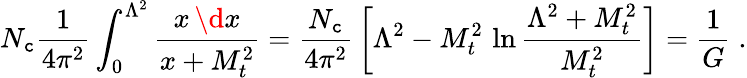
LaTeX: N_{\mathtt{c}}{\frac{{1}}{{4\pi^{2}}}}\int_{0}^{\Lambda^{2}}{\frac{{x\, \d{x}}}{{x+M_{t}^{2}}}}={\frac{{N_{\mathtt{c}}}}{{4\pi^{2}}}}\left[\Lambda^{2}-M_{t}^{2}\, \ln{\frac{{\Lambda^{2}+M_{t}^{2}}}{{M_{t}^{2}}}}\right]={\frac{{1}}{{G}}}\; .